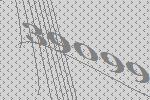
39099